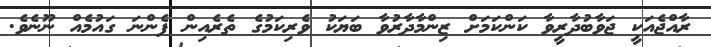
ރާއްޖެއަކީ ޖަވާބުދާރީވާ ކަންކަމަށް ޒިންމާދާރުވާ ބަޔަކު ވެރިކަމުގެ ތެރެއިން ފެންނަ ގައުމެއް ނޫނެވެ.